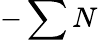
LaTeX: -\sum N